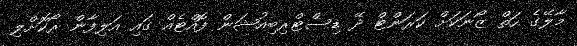
މާލޭގެ ހަތް ޒޯނަކަށް ކަރަންޓް ދޭ ޑިސްޓްރިބިއުޝަން ފޮއްޓެއް ގައި އަލިފާން ރޯކޮށްލި